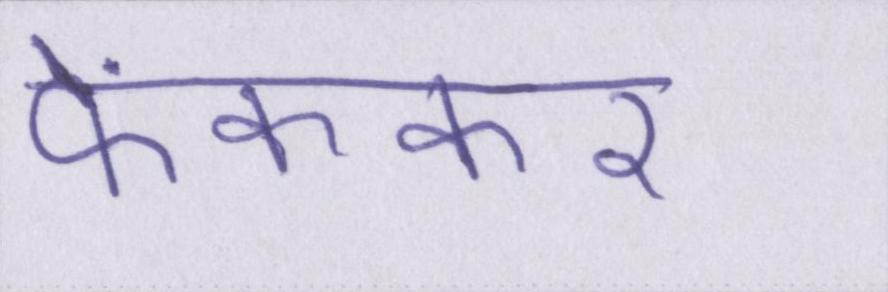
फेंककर